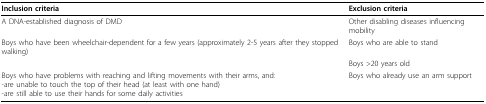
| Inclusion criteria | Exclusion criteria |
 | --- | --- |
 | A DNA-established diagnosis of DMD | Other disabling diseases influencing mobility |
 | Boys who have been wheelchair-dependent for a few years (approximately 2-5 years after they stopped walking) | Boys who are able to stand |
 |  | Boys >20 years old |
 | Boys who have problems with reaching and lifting movements with their arms, and:-are unable to touch the top of their head (at least with one hand)-are still able to use their hands for some daily activities | Boys who already use an arm support |